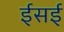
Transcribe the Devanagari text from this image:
ईसई